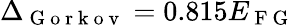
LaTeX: \Delta_{\mathrm{~G~o~r~k~o~v~}}=0.815E_{\mathrm{~F~G~}}